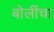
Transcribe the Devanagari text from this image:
बोलींचा